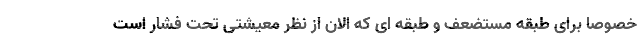
خصوصا برای طبقه مستضعف و طبقه ای که الان از نظر معیشتی تحت فشار است